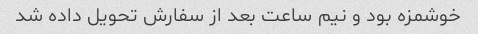
خوشمزه بود و نیم ساعت بعد از سفارش تحویل داده شد